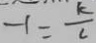
- 1 = \frac { k } { c }